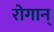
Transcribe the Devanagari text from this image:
रोगान्